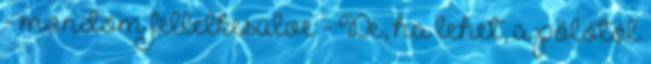
- mondom fellelkesülve - De, ha lehet, a pólótól